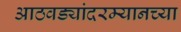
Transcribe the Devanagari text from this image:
आठवड्यांदरम्यानच्या